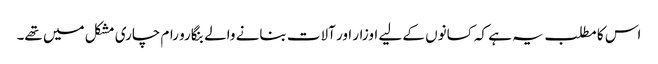
اس کا مطلب یہ ہے کہ کسانوں کے لیے اوزار اور آلات بنانے والے بنگارو رام چاری مشکل میں تھے۔